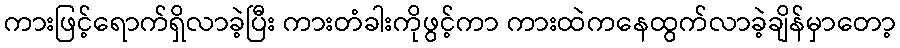
ကားဖြင့်ရောက်ရှိလာခဲ့ပြီး ကားတံခါးကိုဖွင့်ကာ ကားထဲကနေထွက်လာခဲ့ချိန်မှာတော့